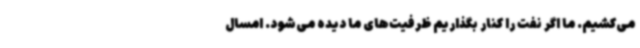
می‌کشیم. ما اگر نفت را کنار بگذاریم ظرفیت‌های ما دیده می‌شود. امسال